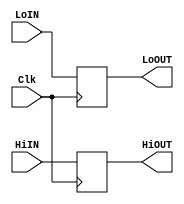
`timescale 1ns / 1ps

module Hi_Lo_Register(Clk, LoIN, HiIN, LoOUT, HiOUT);
    input Clk;
    input [31:0] LoIN, HiIN;

    output reg [31:0] LoOUT, HiOUT;

    initial begin
        LoOUT <= 0;
        HiOUT <= 0;
    end

    always @(posedge Clk) begin
        LoOUT <= LoIN;
        HiOUT <= HiIN;
    end
endmodule